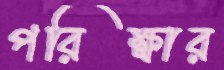
পরিক্ষার